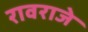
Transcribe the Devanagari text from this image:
रावराजे